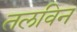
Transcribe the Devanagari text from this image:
तलविन